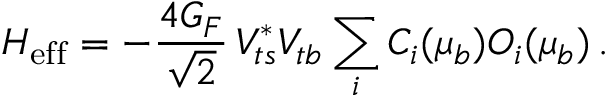
H _ { \mathrm { e f f } } = - \frac { 4 G _ { F } } { \sqrt 2 } \, V _ { t s } ^ { * } V _ { t b } \sum _ { i } C _ { i } ( \mu _ { b } ) O _ { i } ( \mu _ { b } ) \, .